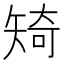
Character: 𥏜